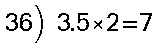
36) 3.5×2=7